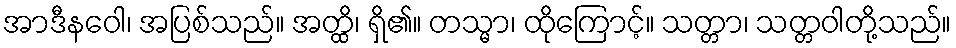
အာဒီနဝေါ၊ အပြစ်သည်။ အတ္ထိ၊ ရှိ၏။ တသ္မာ၊ ထိုကြောင့်။ သတ္တာ၊ သတ္တဝါတို့သည်။